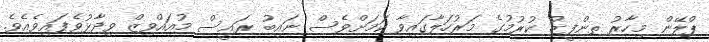
ޕްލޭން މިހާރު ތންފީޒު ކުރުމުގެ މަރުހަލާގައިވާ ކަމަށްވެސް ނައިބު ރައީސް މުއައްވިޒް ވިދާޅުވެފައިވެއެވެ.